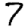
Digit: 7